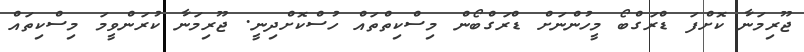
ޖޫރިމަނާ ކޮށްފަ ޑްރަގްބޯ މީހުންނަށް ޑްރަގްބޯން މިސްކިތްތައް ހުސްކޮށްދިނީ. ޖޫރިމަނާ ކުރަންވީމަ މިސްކިތައް